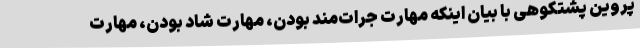
پروین پشتکوهی با بیان اینکه مهارت جرات‌مند بودن، مهارت شاد بودن، مهارت